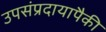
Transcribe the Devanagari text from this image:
उपसंप्रदायापैकी